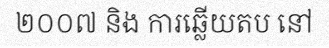
២០០៧ និង ការឆ្លើយតប នៅ